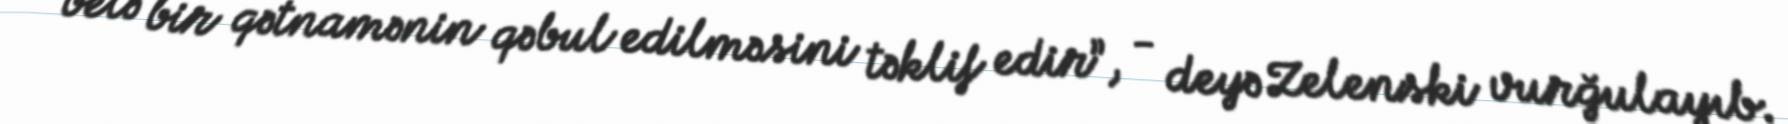
belə bir qətnamənin qəbul edilməsini təklif edir”, - deyə Zelenski vurğulayıb.